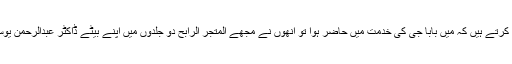
حافظ سلیم عبداللہ یزدانی آف کھڈیاں بیان کرتے ہیں کہ میں بابا جی کی خدمت میں حاضر ہوا تو انھوں نے مجھے المتجر الرابح دو جلدوں میں اپنے بیٹے ڈاکٹر عبدالرحمن یوسف حفظہ اللہ کے ترجمہ والی تحفہ دی ۔